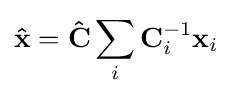
\mathbf {\hat {x}} =\mathbf {\hat {C}} \sum _{i}\mathbf {C} _{i}^{-1}\mathbf {x} _{i}